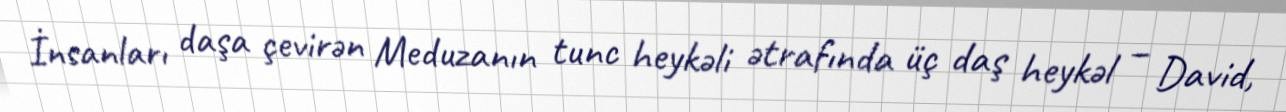
İnsanları daşa çevirən Meduzanın tunc heykəli ətrafında üç daş heykəl – David,